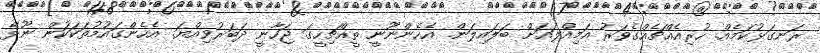
ރަނގަޅުކަމެއް. ހުރިއެއްޗެއްގެވަރު އަމިއްލައަށް ބަލައިލަން. އެހެންނޫނީ ތީއްޗިހީގަ ޖަހާނީ ދަބަރުވިއްޔަ. އެހެންގައުމުތަކަކަުން ނޫޅޭ